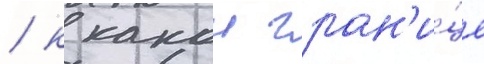
/ к какои гран'и́це